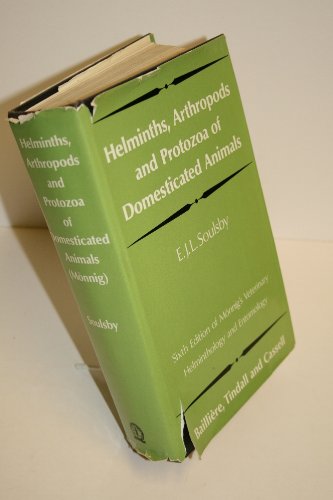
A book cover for Helminths, Arthropods and Protozoa of Domesticated Animals; E J Soulsby; Medical Books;